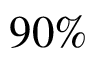
9 0 \%